Bombay plague: being a history of the progress of plague in the Bombay presidency from September 1896 to June 1899
Year: 1896
Disease focus: Plague
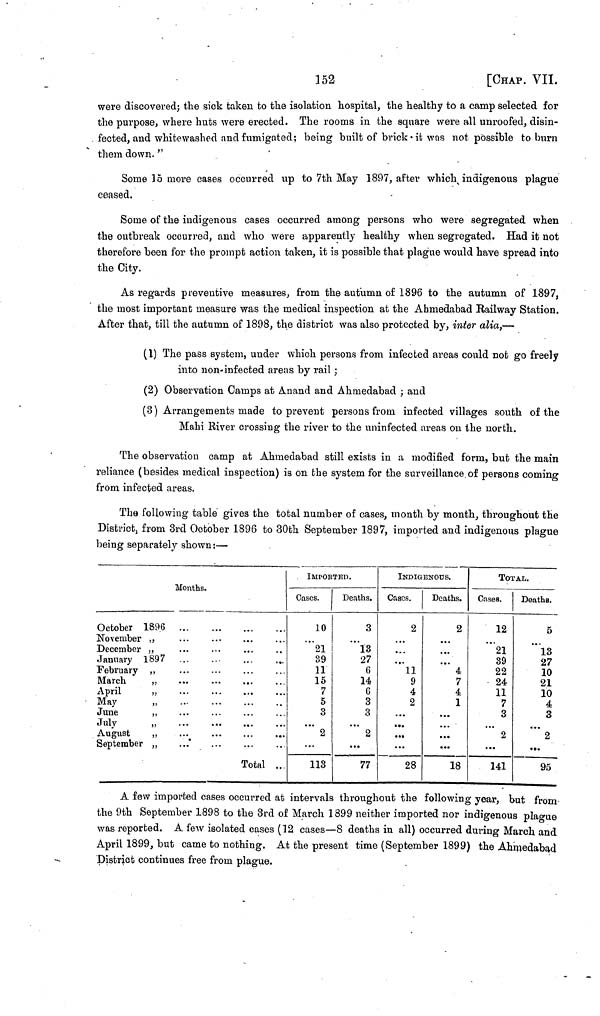
152
[CHAP. VII.
were discovered; the sick taken to the isolation, hospital, the healthy to a camp selected for
the purpose, where huts were erected. The rooms in the square were all unroofed, disin-
fected, and whitewashed and fumigated ; being built of brick it was not possible to burn
them down. "
Some 15 more cases occurred up to 7th May 1897, after which indigenous plague
ceased.
Some of the indigenous cases occurred among persons who were segregated when
the outbreak occurred, and who were apparently healthy when segregated. Had it not
therefore been for the prompt action taken, it is possible that plague would have spread into
the City.
As regards preventive measures, from the autumn of 1896 to the autumn of 1897,
the most important measure was the medical inspection at the Ahmedabad Railway Station.
After that, till the autumn of 1898, the district was also protected by, inter alia,—
(1) The pass system, under which persons from infected areas could not go freely
into non-infected areas by rail ;
(2) Observation Camps at Anand and Ahmedabad ; and
(3) Arrangements made to prevent persons from infected villages south of the
Mahi River crossing the river to the uninfected areas on the north.
The observation camp at Ahmedabad still exists in a modified form, but the main
reliance (besides medical inspection) is on the system for the surveillance of persons coming
from infected areas.
The following table gives the total number of cases, month by month, throughout the
District, from 3rd October 1896 to 30th September 1897, imported and indigenous plague
being separately shown :—
Months.
October 1896
November „
December ,,
January 1897
February „
March
,,
April
,,
May
,,
June
,,
July
„
August
,,
September ,,
Total ...
IMPORTED.
Cases.
10
21
39
11
15
7
5
3
2
113
Deaths.
3
...
13
27
6
14
G
3
3
...
2
...
77
INDIGENOUS.
Cases.
2
...
...
...
11
9
4
2
...
...
...
...
28
Deaths.
2
...
...
... · 4
7
4
1
...
...
...
...
18
Total
Cases.
12
21
39
22
24
11
7
3
2
...
141
Deaths.
5
13
27
10
21
10
4
3
2
...
95
A few imported cases occurred at intervals throughout the following year, but from
the 9th September 1898 to the 3rd of March 1899 neither imported nor indigenous plague
was reported. A few isolated cases (12 cases—8 deaths in all) occurred during March, and
April 1899, but came to nothing. At the present time (September 1899) the Ahmedabad
District continues free from plague.